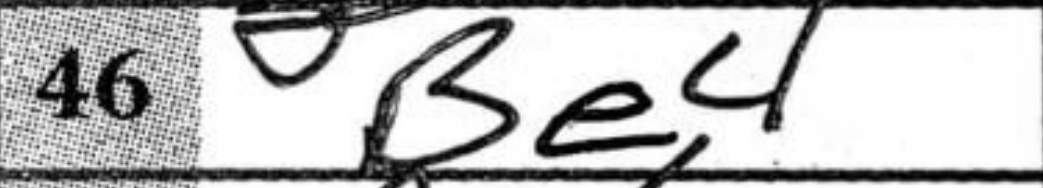
Transcription: Be4